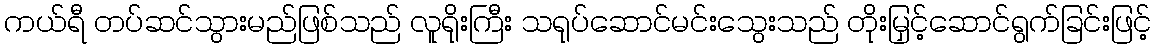
ကယ်ရီ တပ်ဆင်သွားမည်ဖြစ်သည် လူရိုးကြီး သရုပ်ဆောင်မင်းသွေးသည် တိုးမြှင့်ဆောင်ရွက်ခြင်းဖြင့်